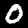
Digit: 0